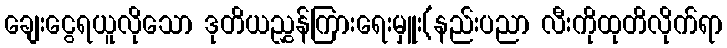
ချေးငွေရယူလိုသော ဒုတိယညွှန်ကြားရေးမှူး(နည်းပညာ လီးကိုထုတိလိုက်ရာ